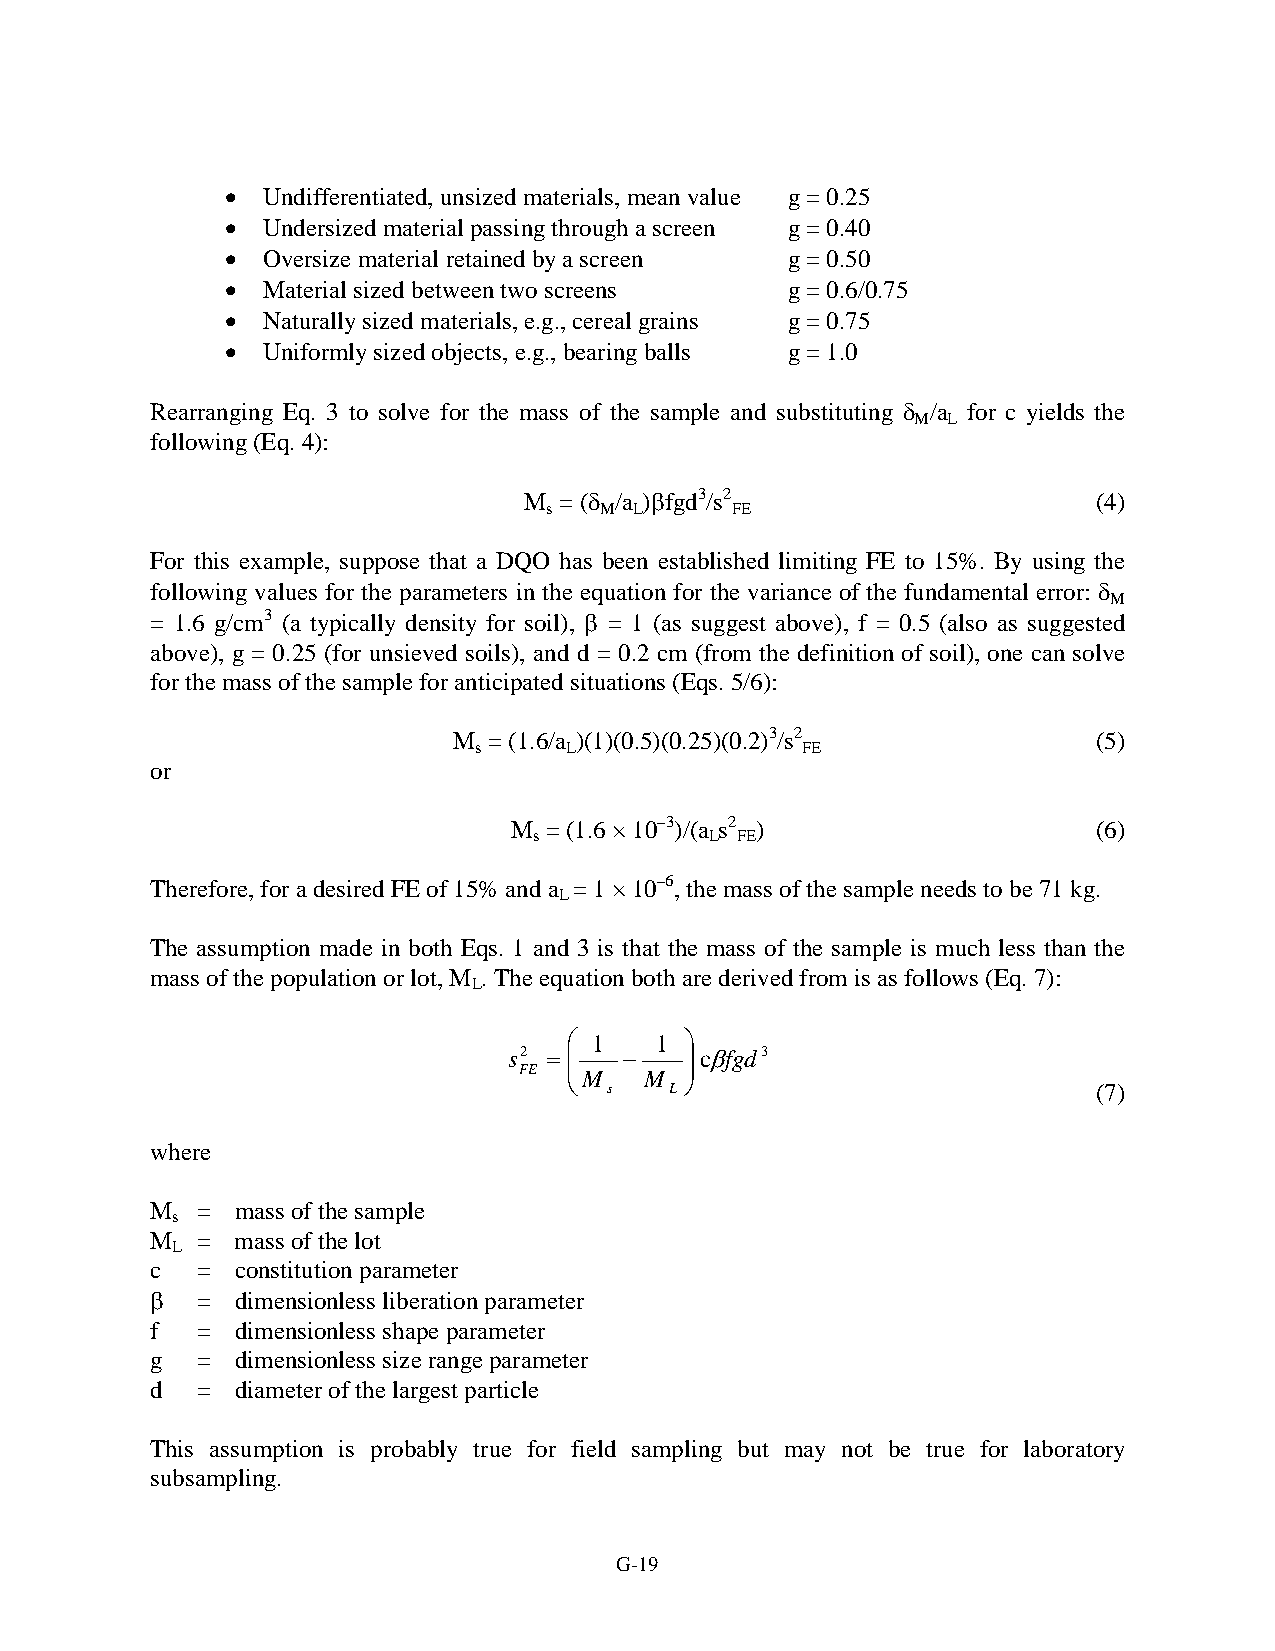
• Undifferentiated, unsized materials, mean value g = 0.25
 • Undersized material passing through a screen g = 0.40
 • Oversize material retained by a screen g = 0.50
 • Material sized between two screens g = 0.6/0.75
 • Naturally sized materials, e.g., cereal grains g = 0.75
 • Uniformly sized objects, e.g., bearing balls g = 1.0
 Rearranging Eq. 3 to solve for the mass of the sample and substituting δ /a for c yields the
 M L
 following (Eq. 4):
 M = (δ /a )βfgd3/s2                   (4)
 s   M L     FE
 For this example, suppose that a DQO has been established limiting FE to 15%. By using the
 following values for the parameters in the equation for the variance of the fundamental error: δ
 M
 = 1.6 g/cm3 (a typically density for soil), β = 1 (as suggest above), f = 0.5 (also as suggested
 above), g = 0.25 (for unsieved soils), and d = 0.2 cm (from the definition of soil), one can solve
 for the mass of the sample for anticipated situations (Eqs. 5/6):
 M = (1.6/a )(1)(0.5)(0.25)(0.2)3/s2        (5)
 s     L               FE
 or
 M = (1.6 × 10–3)/(a s2 )               (6)
 s           L FE
 Therefore, for a desired FE of 15% and a = 1 × 10–6, the mass of the sample needs to be 71 kg.
 L
 The assumption made in both Eqs. 1 and 3 is that the mass of the sample is much less than the
 mass of the population or lot, M . The equation both are derived from is as follows (Eq. 7):
 L
  1  1 
 s2 =  −    cβfgd3
 FE   M M  
 s   L                            (7)
 where
 M  =  mass of the sample
 s
 M  =  mass of the lot
 L
 c  =  constitution parameter
 β  =  dimensionless liberation parameter
 f  =  dimensionless shape parameter
 g  =  dimensionless size range parameter
 d  =  diameter of the largest particle
 This assumption is probably true for field sampling but may not be true for laboratory
 subsampling.
 G-19